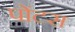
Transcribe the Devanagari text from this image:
पोंटस